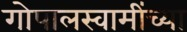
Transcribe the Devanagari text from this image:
गोपालस्वामींच्या